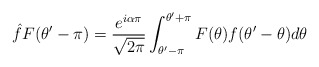
\begin{align*}\hat{f}F(\theta^\prime - \pi) =\displaystyle\frac{e^{i\alpha\pi}}{\sqrt{2\pi}}\int_{\theta^\prime-\pi}^{\theta^\prime + \pi} F(\theta)f(\theta^\prime-\theta)d\theta\end{align*}